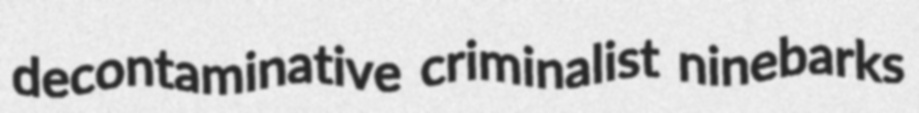
decontaminative criminalist ninebarks